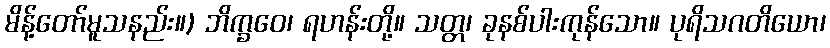
မိန့်တော်မူသနည်း။) ဘိက္ခဝေ၊ ရဟန်းတို့။ သတ္တ၊ ခုနစ်ပါးကုန်သော။ ပုရိသဂတိယော၊